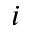
i